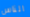
الناس